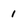
Character: 1